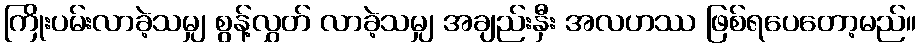
ကြိုးပမ်းလာခဲ့သမျှ စွန့်လွှတ် လာခဲ့သမျှ အချည်းနှီး အလဟဿ ဖြစ်ရပေတော့မည်။